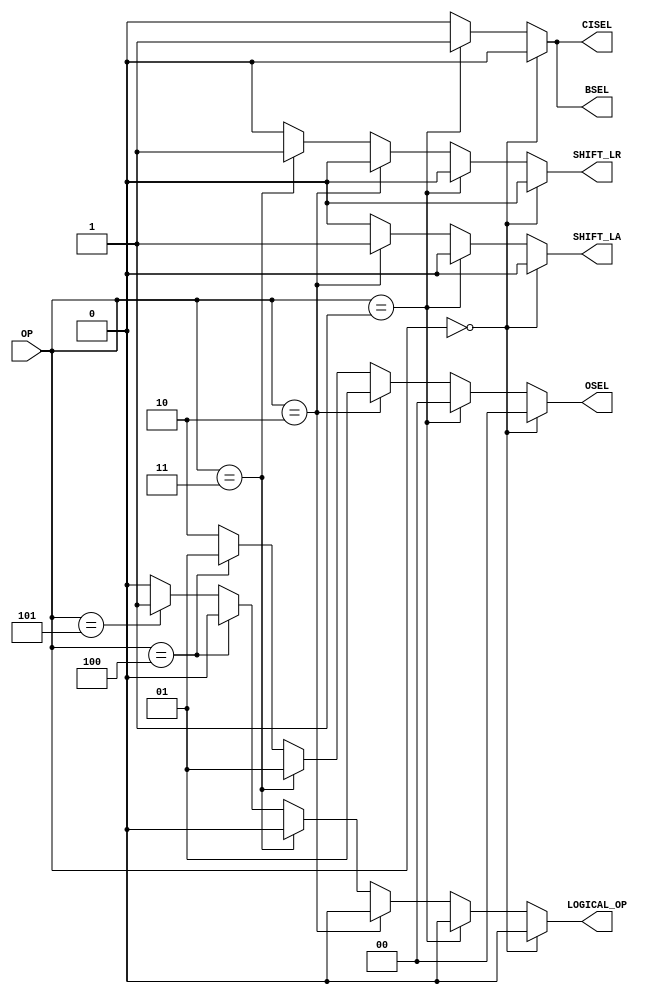
module control(OP, CISEL, BSEL, OSEL, SHIFT_LA, SHIFT_LR, LOGICAL_OP); // add other inputs and outputs here

// inputs (add others here)
	input [2:0] OP;
	output CISEL;
	output BSEL;
	output [1:0] OSEL;
	output SHIFT_LA;
	output SHIFT_LR;
	output LOGICAL_OP;
	reg BSEL;
	reg CISEL;
	reg [1:0] OSEL;
	reg SHIFT_LA;
	reg SHIFT_LR;
	reg LOGICAL_OP;

// implement module here (add other control signals below)

always@(*)
	if(OP==3'b000)
	begin
	BSEL=1'b0;
	CISEL=1'b0;
	OSEL=2'b00;
	SHIFT_LA=1'b0;
	SHIFT_LR=1'b0;
	LOGICAL_OP=1'b0;
	end
	else if (OP==3'b001)	
	begin
	BSEL=1'b1;
	CISEL=1'b1;
	OSEL=2'b00;
	SHIFT_LA=1'b0;
	SHIFT_LR=1'b0;
	LOGICAL_OP=1'b0;
	end
	else if (OP==3'b010)
	begin
	BSEL=1'b0;
	CISEL=1'b0;
	OSEL=2'b01;
	SHIFT_LA=1'b1;
	SHIFT_LR=1'b0;
	LOGICAL_OP=1'b0;
	end	
	else if (OP==3'b011)
	begin
	BSEL=1'b0;
	CISEL=1'b0;
	OSEL=2'b01;
	SHIFT_LA=1'b0;
	SHIFT_LR=1'b1;
	LOGICAL_OP=1'b0;
	end
	else if (OP==3'b100)
	begin
	BSEL=1'b0;
	CISEL=1'b0;
	OSEL=2'b01;
	SHIFT_LA=1'b0;
	SHIFT_LR=1'b0;
	LOGICAL_OP=1'b0;
	end
	else if (OP==3'b101)
	begin
	BSEL=1'b0;
	CISEL=1'b0;
	OSEL=2'b10;	
	SHIFT_LA=1'b0;
	SHIFT_LR=1'b0;
	LOGICAL_OP=1'b1;
	end
	else
	begin
	BSEL=1'b0;
	CISEL=1'b0;
	OSEL=2'b10;
	SHIFT_LA=1'b0;
	SHIFT_LR=1'b0;
	LOGICAL_OP=1'b0;
	end
	

endmodule